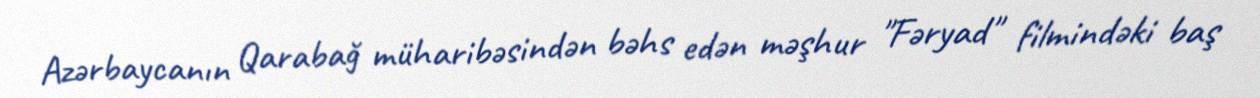
Azərbaycanın Qarabağ müharibəsindən bəhs edən məşhur "Fəryad" filmindəki baş